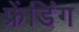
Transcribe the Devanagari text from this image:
फ्रेंडिंग